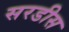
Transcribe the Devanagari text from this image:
सरडीस